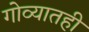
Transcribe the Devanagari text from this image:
गोव्यातही